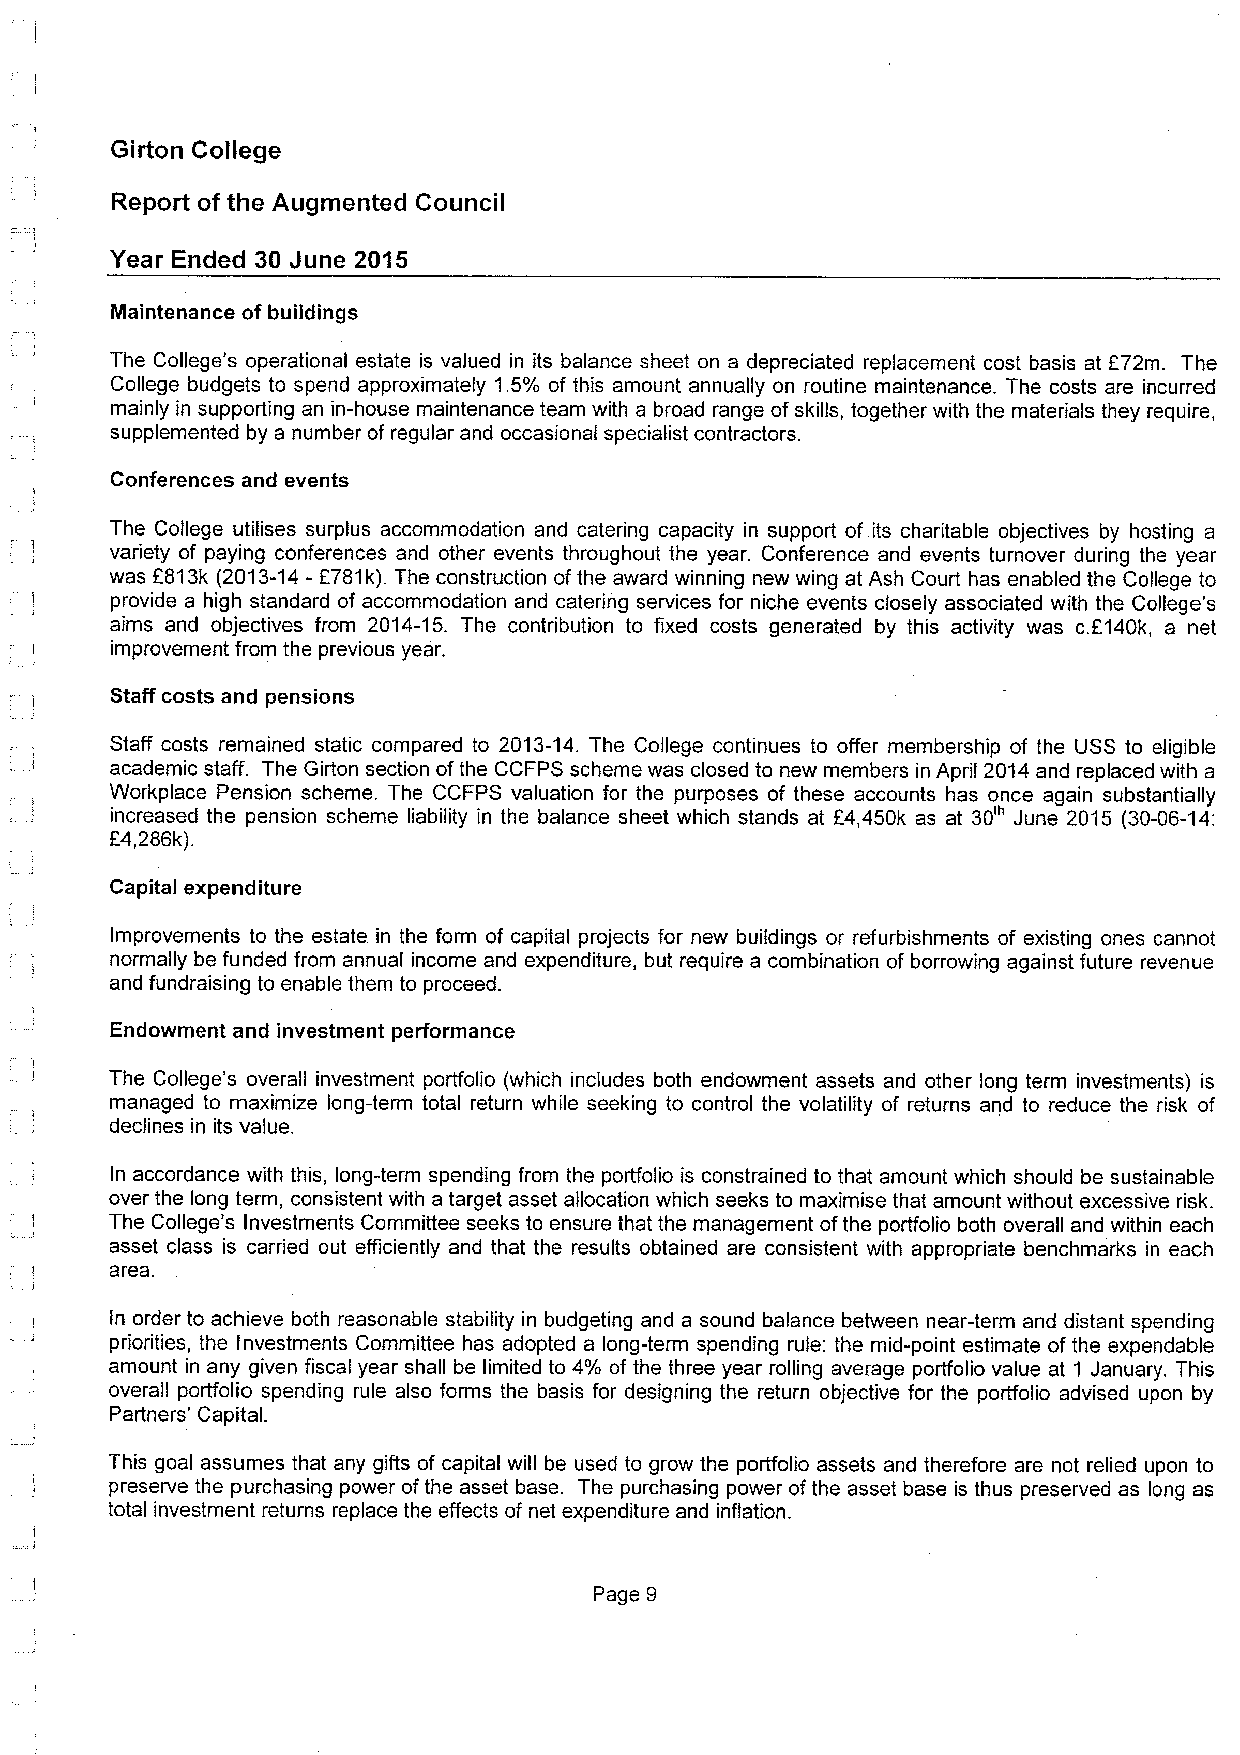
Girton College
 Report of the Augmented Council
 Year Ended 30 June 2015
 Maintenance of buiidings
 The College's operational estate is valued in its balance sheet on a depreciated replacement cost basis at f 72m. The
 College budgets to spend approximately 1.5'lo of this amount annually on routine maintenance. The costs are incurred
 mainly in supporting an in-house maintenance team with a broad range ofskills, together with the materials they require,
 supplemented by a number ofregular and occasional specialist contractors.
 Conferences and events
 The College utilises surplus accommodation and catering capacity in support of.its charitable objectives by hosting a
 variety of paying conferences and other events throughout the year. Conference and events turnover during the year
 was 6813k (2013-14- 6781k).The construction ofthe award winning new wing at Ash Court has enabled the College to
 provide a high standard of accommodation and catering services for niche events closely associated with the College's
 aims and objectives from 2014-15. The contribution to fixed costs generated by this activity was c.f140k, a net
 improvement from the previous year.
 Staff costs and pensions
 Staff costs remained static compared to 2013-14.The College continues to offer membership of the USS to eligible
 academic staff. The Girton section ofthe CCFPS scheme was closed to new members in April 2014and replaced with a
 Workplace Pension scheme. The CCFPS valuation for the purposes of these accounts has once again substantially
 increased the pension scheme liability in the balance sheet which stands at f4,450k as at 30'" June 2015 (30-06-14:
 E4,286k).
 Capital expenditure
 Improvements to the estate in the form of capital projects for new buildings or refurbishments of existing ones cannot
 normally be funded from annual income and expenditure, but require a combination of borrowing against future revenue
 and fundraising to enable them to proceed.
 Endowment and investment performance
 The College's overall investment portfolio (which includes both endowment assets and other long term investments) is
 managed to maximize long-term total return while seeking to control the volatility of returns and to reduce the risk of
 declines in its value.
 In accordance with this, long-term spending from the portfolio is constrained to that amount which should be sustainable
 over the long term, consistent with a target asset allocation which seeks to maximise that amount without excessive risk.
 The College's Investments Committee seeks to ensure that the management ofthe portfolio both overall and within each
 asset class is carried out efficiently and that the results obtained are consistent with appropriate benchmarks in each
 area.
 in order to achieve both reasonable stability in budgeting and a sound balance between near-term and distant spending
 priorities, the Investments Committee has adopted a long-term spending rule: the mid-point estimate of the expendable
 amount in any given fiscal year shall be limited to 4'/o of the three year rolling average portfolio value at 1 January. This
 overall portfolio spending rule also forms the basis for designing the return objective for the portfolio advised upon by
 Partners' Capital.
 This goal assumes that any gifts of capital will be used to grow the portfolio assets and therefore are not relied upon to
 preserve the purchasing power ofthe asset base. The purchasing power ofthe asset base is thus preserved as long as
 total investment returns replace the effects of net expenditure and inflation.
 Page 9